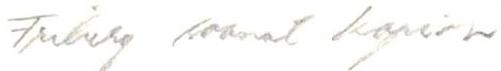
Friberg saanut kopion